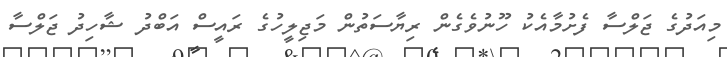
މިއަދުގެ ޖަލްސާ ފެށުމާއެކު ހޫނުވެގެން ރިޔާސަތުން މަޖިލީހުގެ ރައީސް އަބްދު ޝާހިދު ޖަލްސާ